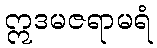
ဣဒမဇရာမရံ